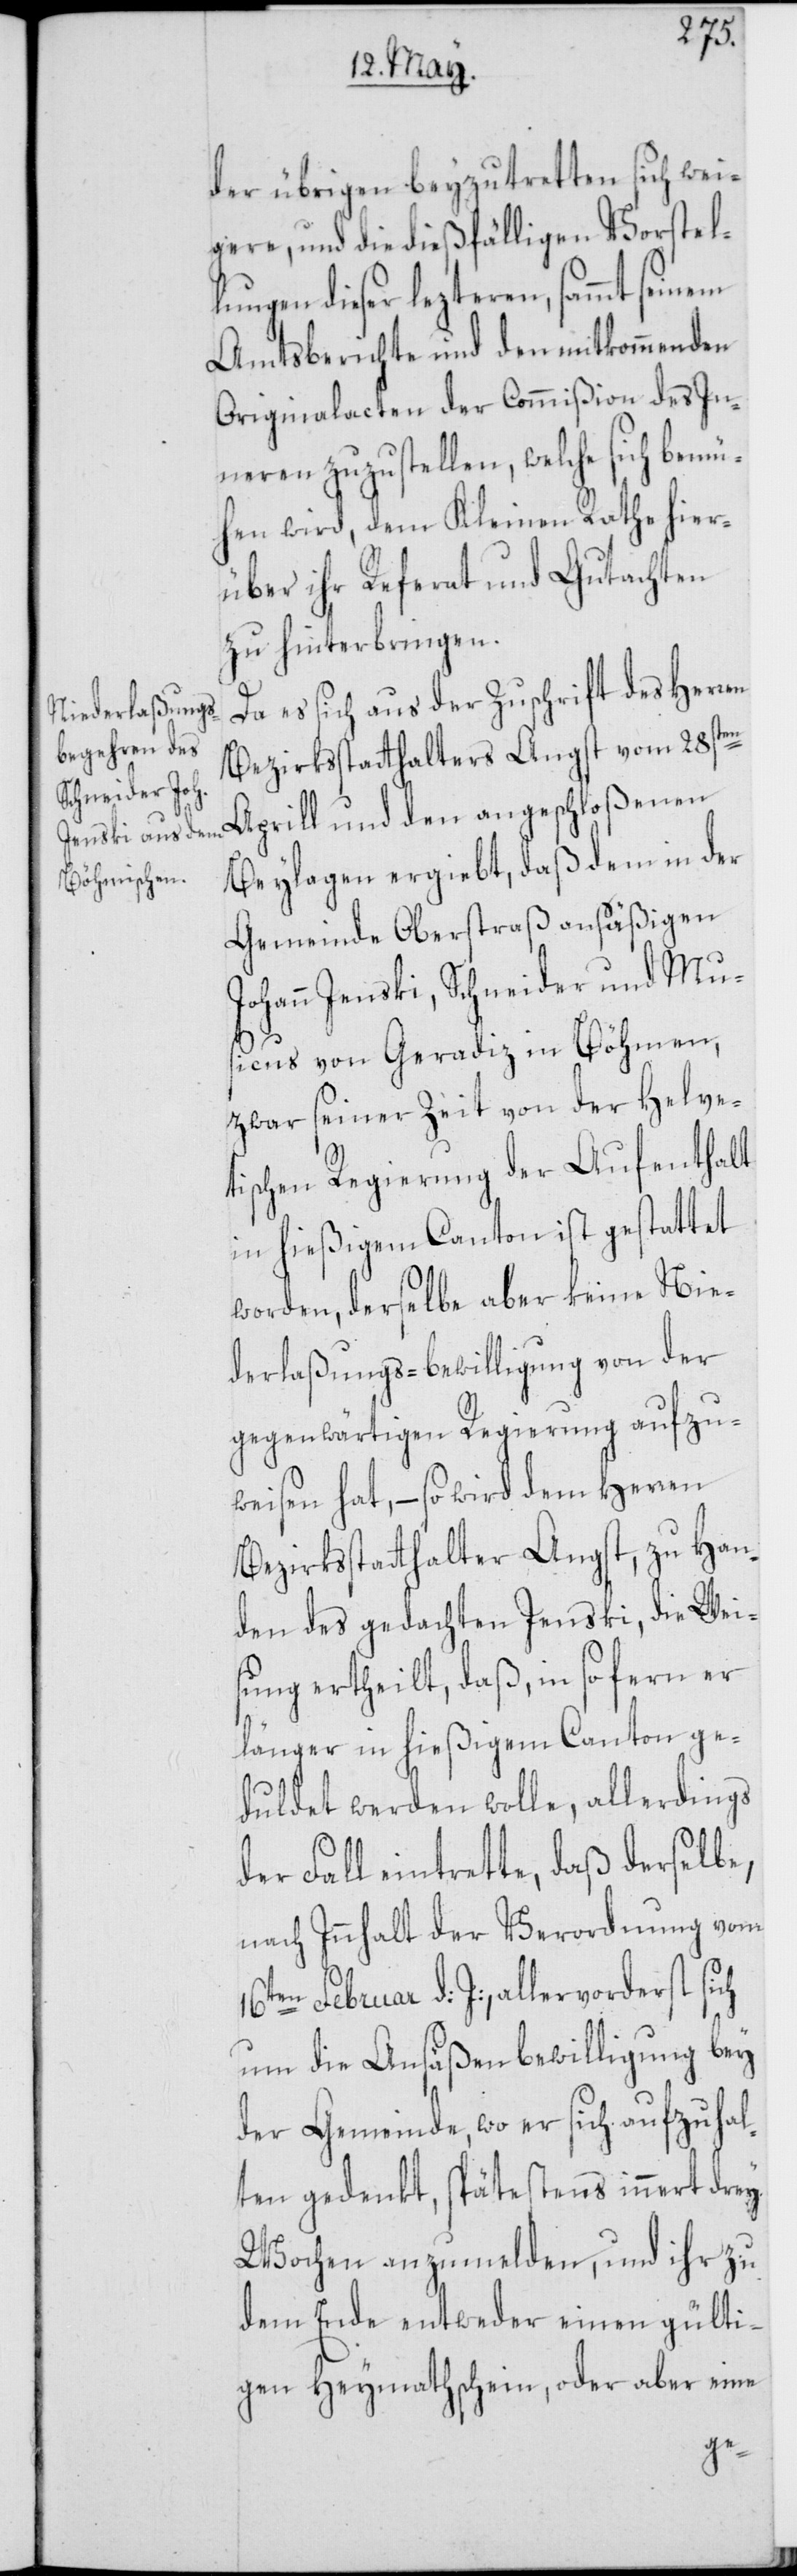
der übrigen beyzutretten sich wei¬
gere, und die dießfälligen Vorstel¬
lungen dieser lezteren, sammt seinem
Amtsberichte und den mitkommenden
Originalacten der Commißion des In¬
neren zuzustellen, welche sich bemü¬
hen wird, dem Kleinen Rathe hier¬
über ihr Referat und Gutachten
zu hinterbringen.
Da es sich aus der Zuschrift des Herren
Bezirksstatthalters Angst vom 28sten
Aprill und den angeschloßenen
Beylagen ergiebt, daß dem in der
Gemeinde Oberstraß ansäßigen
Johann Jenski, Schneider und Mus¬
icus von Geradiz in Böhmen,
zwar seiner Zeit von der Helve¬
tischen Regierung der Aufenthalt
in hießigem Canton ist gestattet
worden, derselbe aber keine Nie¬
derlaßungs-bewilligung von der
gegenwärtigen Regierung aufzu¬
weisen hat, – so wird dem Herren
Bezirksstatthalter Angst, zu Han¬
den des gedachten Jenski, die Wei¬
sung ertheilt, daß, in so fern er
länger in hießigem Canton ge¬
duldet werden wolle, allerdings
der Fall eintrette, daß derselbe,
nach Innhalt der Verordnung vom
16ten Februar d: J:, allervorderst sich
um die Ansäßenbewilligung bey
der Gemeinde, wo er sich aufzuhal¬
ten gedenkt, spätestens innert drey
Wochen anzumelden, und ihr zu
dem Ende entweder einen gülti¬
gen Heymathschein, oder aber eine